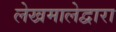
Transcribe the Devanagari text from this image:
लेखमालेद्वारा